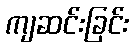
ကျဆင်းခြင်း